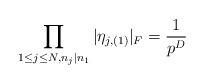
LaTeX: \begin{align*}\prod_{1\leq j\leq N,n_j\mid n_1} \vert \eta_{j,(1)}\vert_F=\frac{1}{p^{D}}\end{align*}